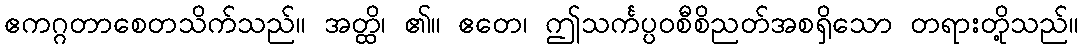
ဧကဂ္ဂတာစေတသိက်သည်။ အတ္ထိ၊ ၏။ ဧတေ၊ ဤသင်္ကပ္ပဝစီစိညတ်အစရှိသော တရားတို့သည်။